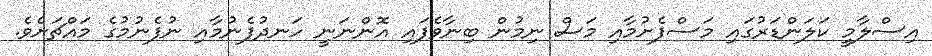
އިސްލާމީ ކަލަންޑަރުގައި މަސްފެށުމާއި މަސް ނިމުން ބިނާވެފައި އޮންނަނީ ހަނދުފެނުމާއި ނުފެނުމުގެ މައްޗަށެވެ.